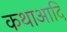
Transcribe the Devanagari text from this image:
कथाआदि